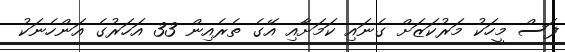
ފަސް މީހަކު މަރުކަޒަށް ގެނައި ކަމަށާއި އޭގެ ތެރެއިން 33 އަހަރުގެ އަންހެނަކު